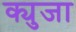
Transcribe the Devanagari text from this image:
क्युजा